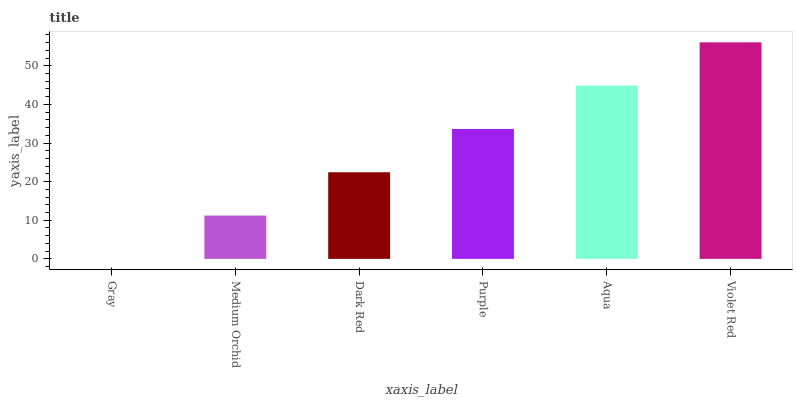
| xaxis_label | bars |
 | --- | --- |
 | Gray | 0 |
 | Medium Orchid | 11.2 |
 | Dark Red | 22.4 |
 | Purple | 33.6 |
 | Aqua | 44.9 |
 | Violet Red | 56.1 |